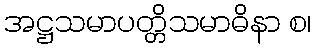
အဋ္ဌသမာပတ္တိသမာဓိနာ စ၊